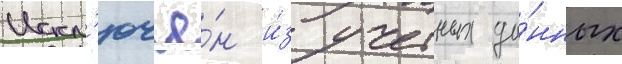
Искл'ючё́н и́з учетных да́нных